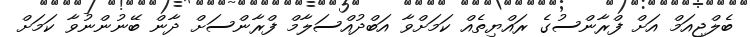
ބެލްޖިއަމް އަށް ފްރާންސުގެ ރައްޔިތެއް ކަމަށްވާ އަބްދުއްސަލާމް ފްރާންސަށް ދާން ބޭނުންނުވާ ކަމަށް